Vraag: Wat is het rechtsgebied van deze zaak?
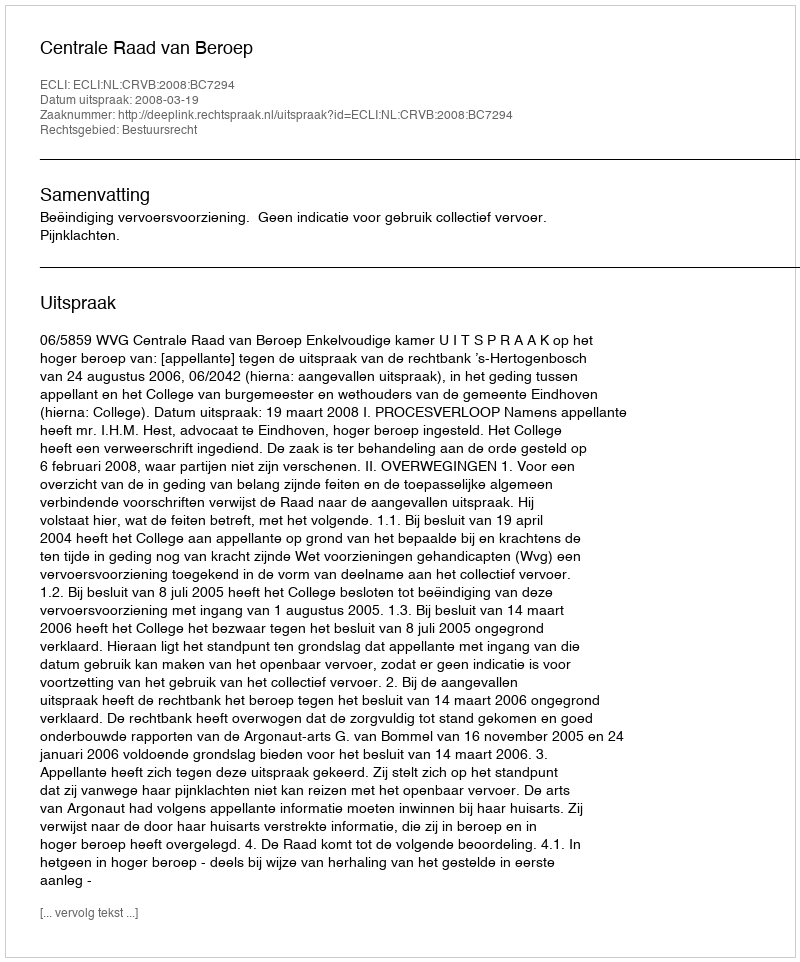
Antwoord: Bestuursrecht